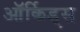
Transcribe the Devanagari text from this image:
ऑर्किड्‌स